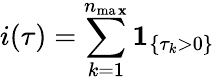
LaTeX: i(\tau)=\sum_{k=1}^{n_{\operatorname*{ma\mathbf{x}}}}\mathbf{{1}}_{\left\{ \tau_{k}>0\right\} }